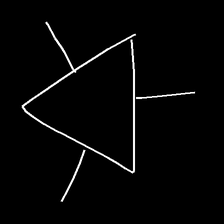
Glyph: fire